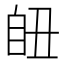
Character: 𦤊